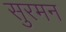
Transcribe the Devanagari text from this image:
सुरमन